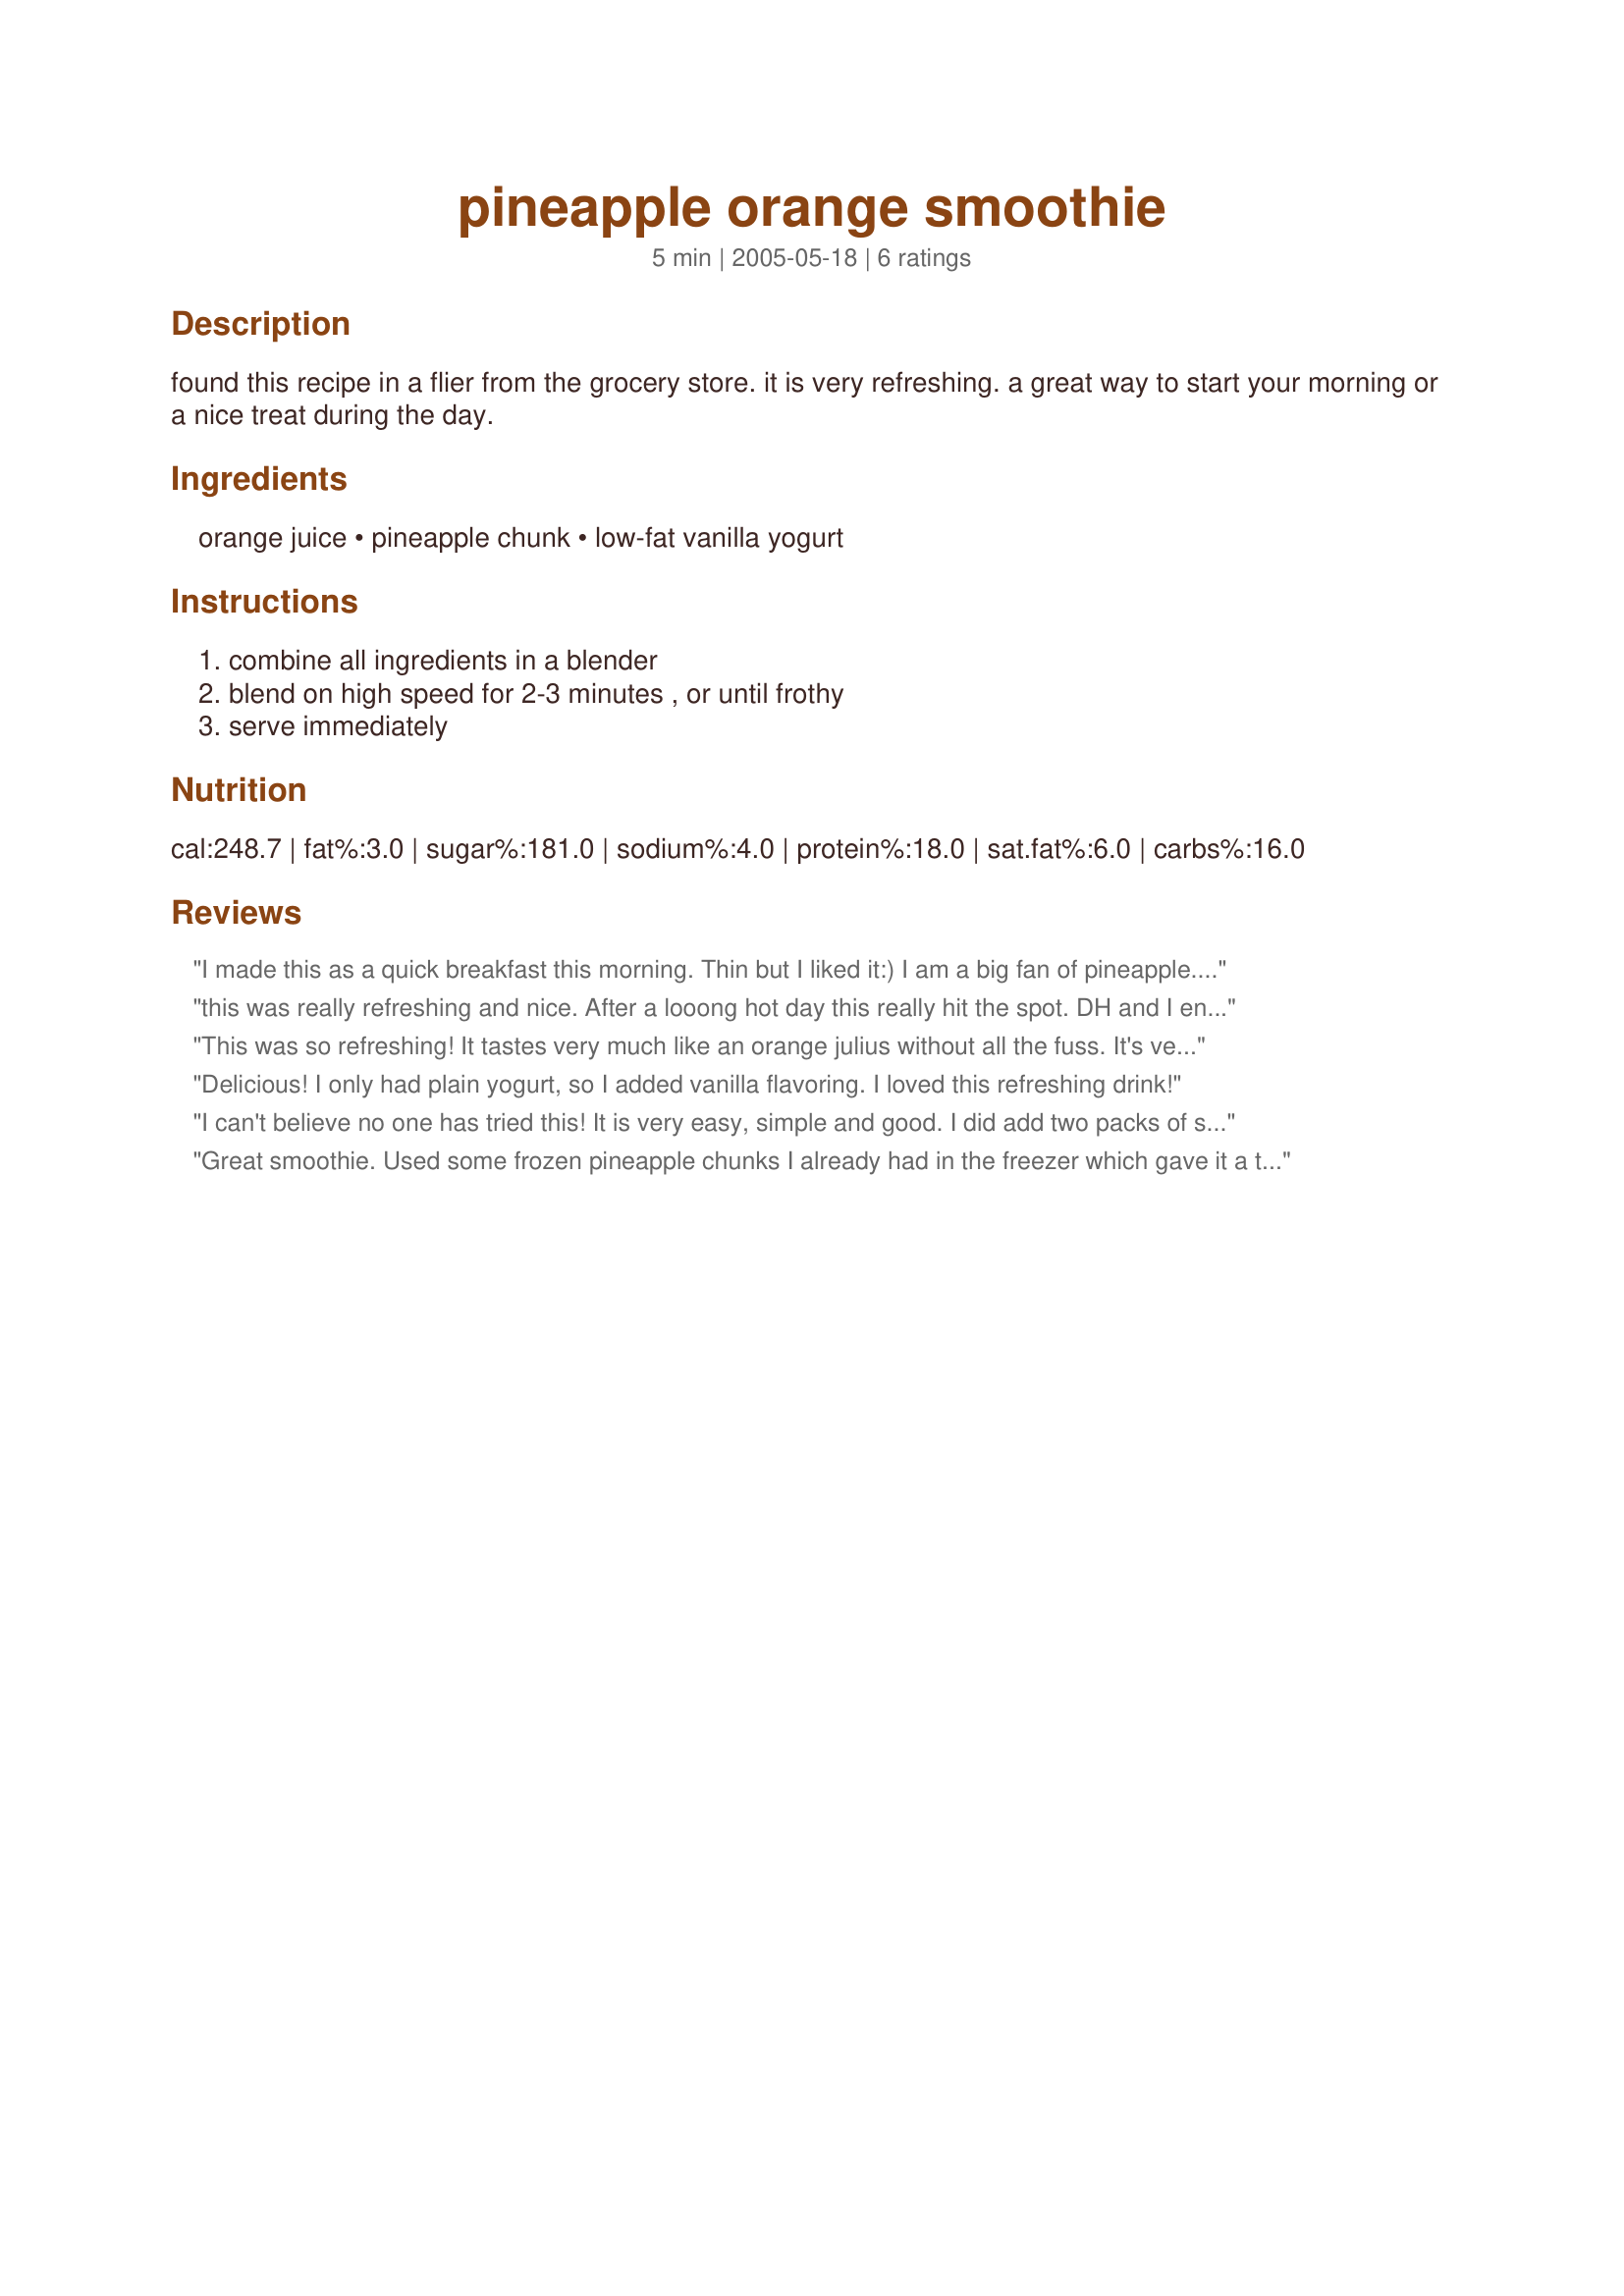
pineapple orange smoothie
Preparation time: 5 minutes

found this recipe in a flier from the grocery store. it is very refreshing. a great way to start your morning or a nice treat during the day.

Ingredients:
orange juice, pineapple chunk, low-fat vanilla yogurt

Steps:
combine all ingredients in a blender, blend on high speed for 2-3 minutes , or until frothy, serve immediately

Reviews:
I made this as a quick breakfast this morning. Thin but I liked it:) I am a big fan of pineapple. Next time I would add some ice cubes for a thicker smoothie. Thanks Marg:)
this was really refreshing and nice. After a looong hot day this really hit the spot. DH and I enjoyed it. thanks marg
This was so refreshing! It tastes very much like an orange julius without all the fuss. It's very easy to make and has a wonderful flavor. Thanks for a great smoothie recipe, Marg!
Delicious! I only had plain yogurt, so I added vanilla flavoring. I loved this refreshing drink!
I can't believe no one has tried this! It is very easy, simple and good. I did add two packs of sweet and low since I like my smoothies pretty sweet. Thank you for another great smoothie recipe to add to my collection. Katie Cook
Great smoothie. Used some frozen pineapple chunks I already had in the freezer which gave it a thicker consistiency.
